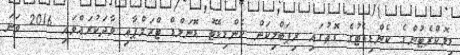
ޑިމޮކްރެޓުންގެ ކެންޑިޑެޓުގެ ގޮތުގައި ރިޕަބްލިކަން ކެންޑިޑޭޓު ޑޮނަލްޑް ޓްރަމްޕާއި ވާދަކުރައްވައި 2016 ވަނަ